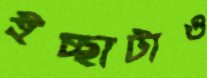
ইচ্ছাটাও